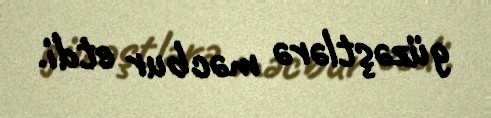
güzəştlərə məcbur etdi.